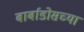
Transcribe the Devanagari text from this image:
बार्बाडोसच्या